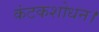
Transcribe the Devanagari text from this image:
कंटकशोधन।